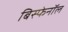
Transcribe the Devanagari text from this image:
बिस्फेनॉल